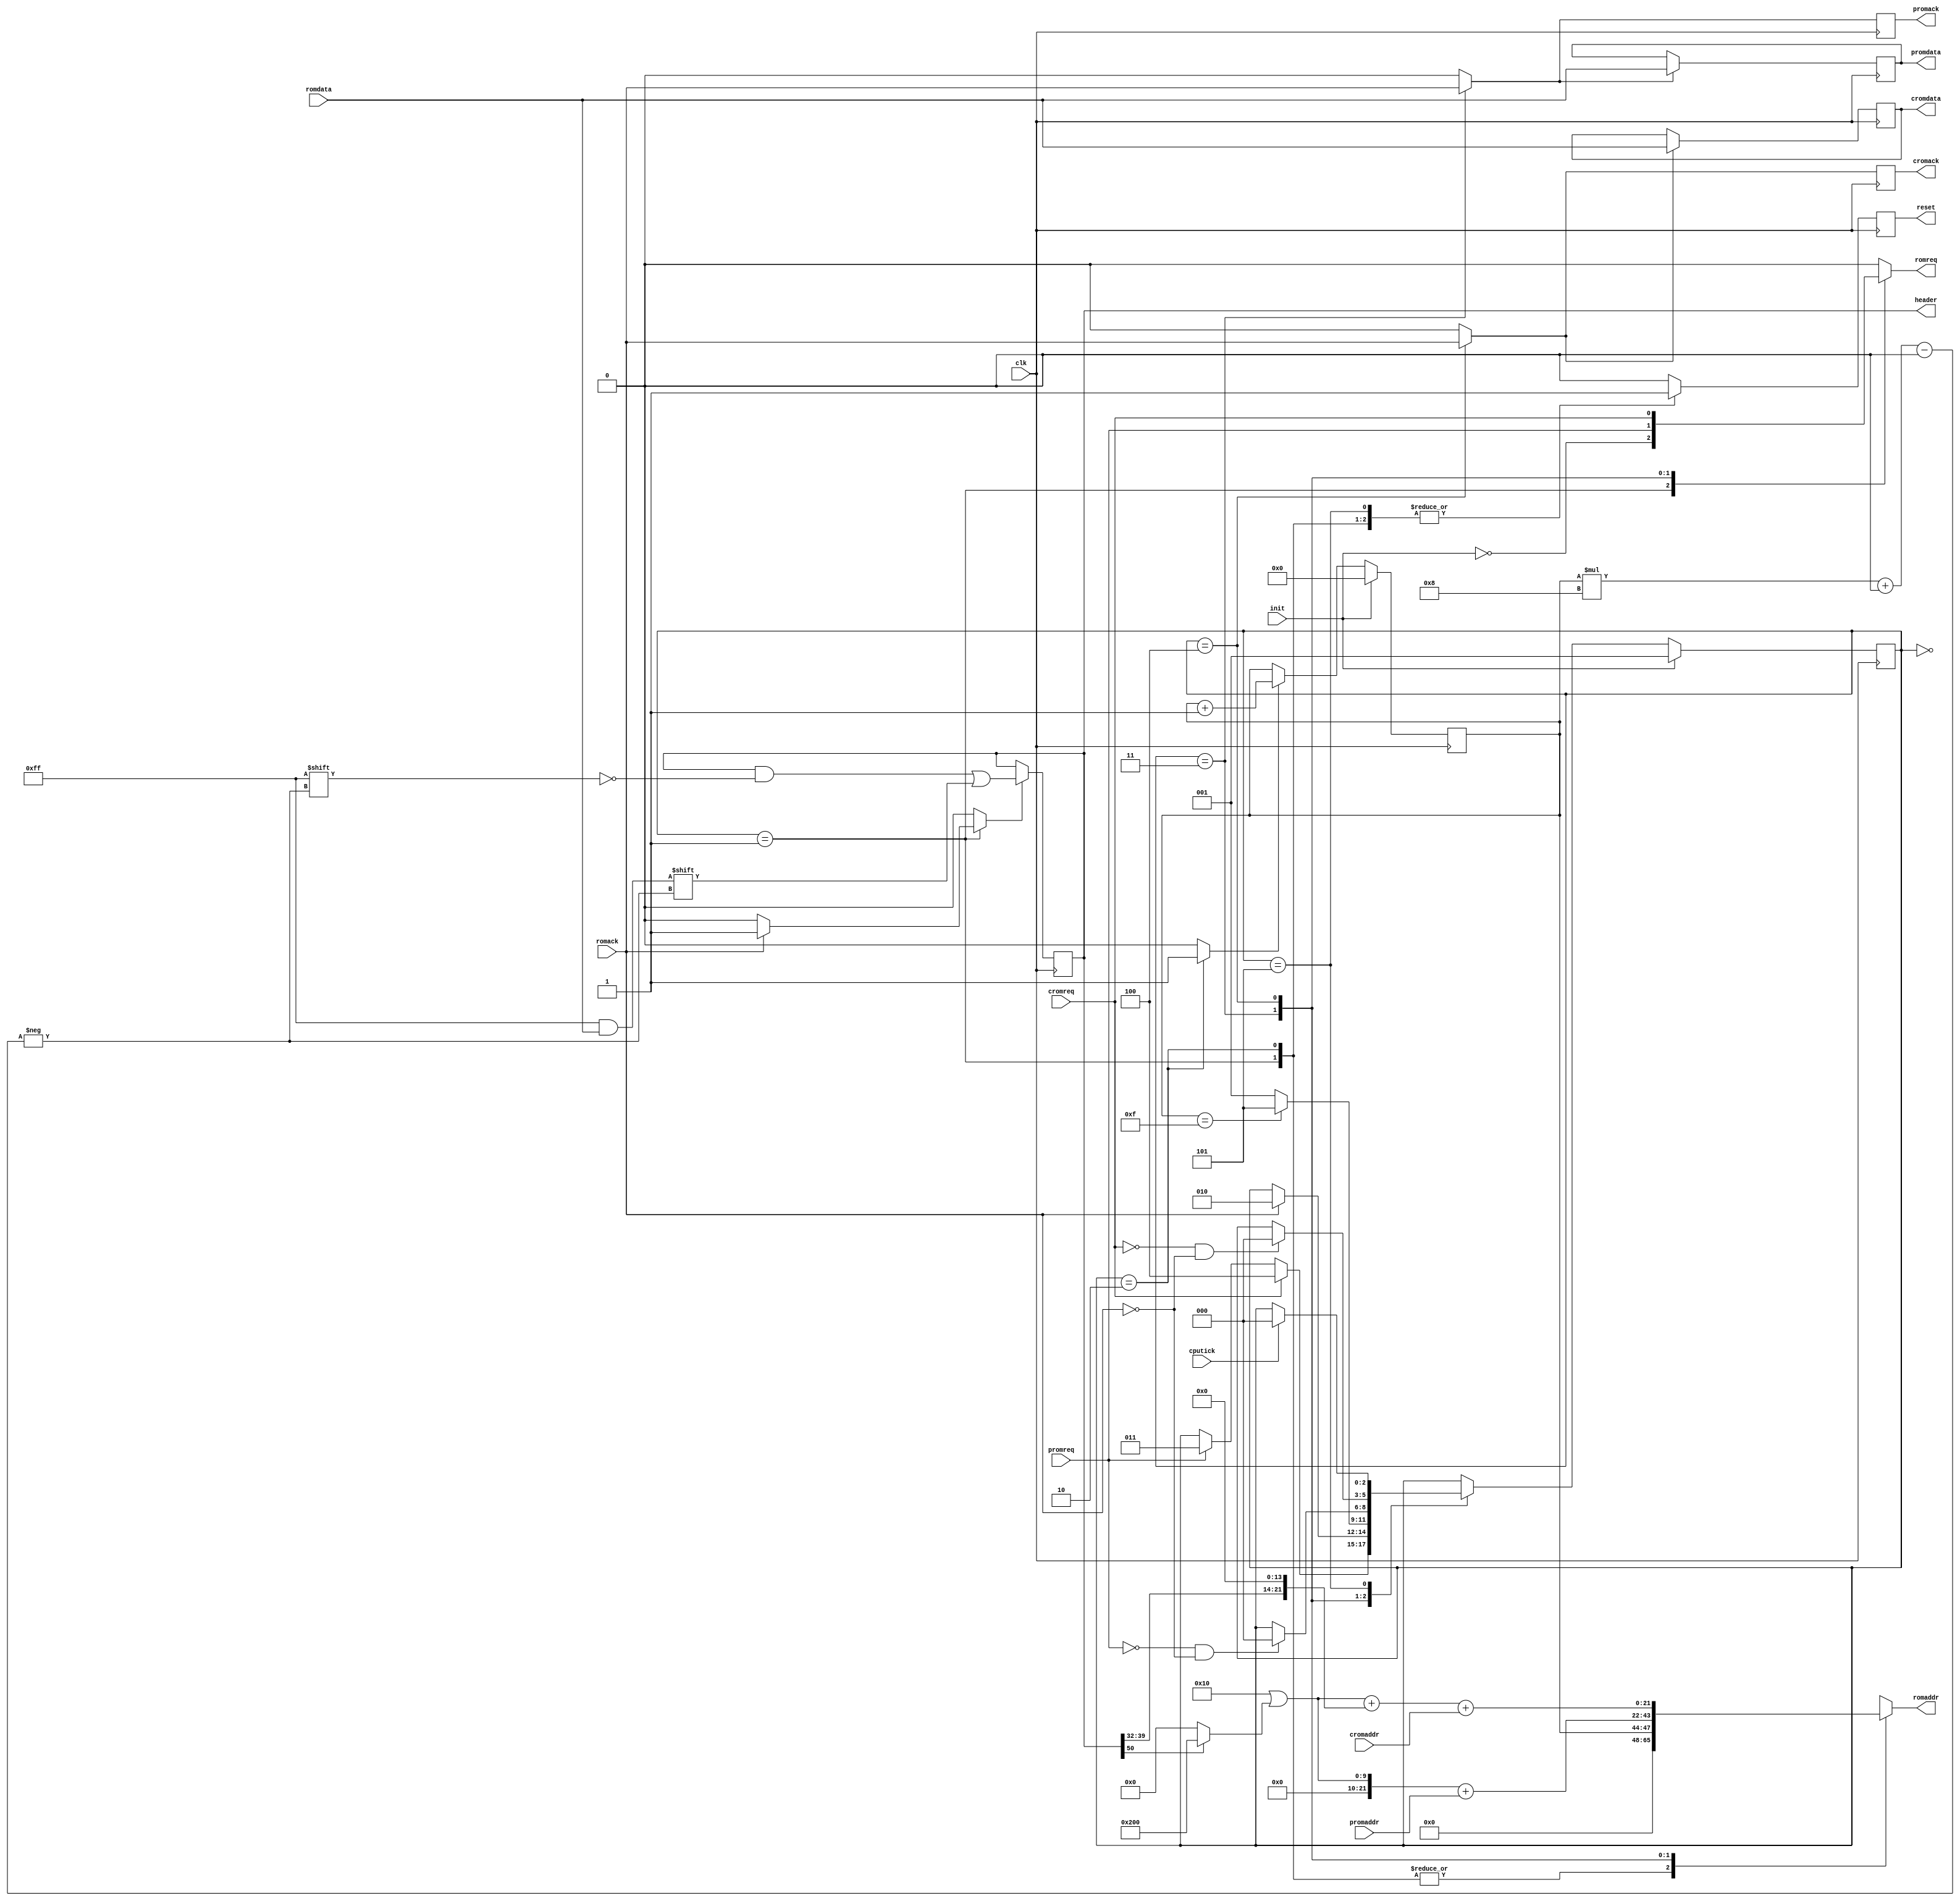
module romarb(
	input wire clk,
	input wire init,
	output reg reset,
	input wire cputick,
	
	input wire [20:0] promaddr,
	output reg [7:0] promdata,
	input wire promreq,
	output reg promack,
	
	input wire [20:0] cromaddr,
	output reg [7:0] cromdata,
	input wire cromreq,
	output reg cromack,
	
	output reg [21:0] romaddr,
	input wire [7:0] romdata,
	output reg romreq,
	input wire romack,
	
	output reg [127:0] header
);

	reg incheadn, setheader, reset_;
	reg [3:0] headn;
	reg [2:0] state, state_;
	reg [21:0] prgsize, chrsize, prgoff, chroff;
	reg promack_, cromack_;
	localparam IDLE = 0;
	localparam INIT = 1;
	localparam INITACK = 2;
	localparam PROM = 3;;
	localparam CROM = 4;
	localparam WAITTICK = 5;
	
	always @(posedge clk) begin
		state <= !init ? state_ : INIT;
		if(setheader)
			header[headn * 8 +: 8] <= romdata;
		if(incheadn)
			headn <= headn + 1;
		if(init)
			headn <= 0;
		promack <= promack_;
		cromack <= cromack_;
		if(promack_)
			promdata <= romdata;
		if(cromack_)
			cromdata <= romdata;
		reset <= reset_;
	end
	
	always @(*) begin
		state_ = state;
		reset_ = 0;
		promack_ = 0;
		cromack_ = 0;
		romreq = 0;
		incheadn = 0;
		romaddr = 22'hxxxx;
		setheader = 0;
		case(state)
		IDLE: begin
			if(promreq)
				state_ = PROM;
			if(cromreq)
				state_ = CROM;
		end
		INIT: begin
			reset_ = 1;
			romaddr = {18'd0, headn};
			romreq = !init;
			if(romack) begin
				state_ = INITACK;
				setheader = 1;
			end
		end
		INITACK: begin
			reset_ = 1;
			romaddr = {18'd0, headn};
			state_ = headn == 15 ? WAITTICK : INIT;
			incheadn = 1;
		end
		PROM: begin
			romaddr = prgoff + {1'b0, promaddr};
			romreq = promreq;
			promack_ = romack;
			if(!promreq && !romack)
				state_ = IDLE;
		end
		CROM: begin
			romaddr = chroff + {1'b0, cromaddr};
			romreq = cromreq;
			cromack_ = romack;
			if(!cromreq && !romack)
				state_ = IDLE;
		end
		WAITTICK: begin
			reset_ = 1;
			if(cputick)
				state_ = IDLE;
		end
		endcase
	end
	
	always @(*) begin
		prgoff = 16 | (header[50] ? 512 : 0);
		prgsize = {header[39:32], 14'd0};
		chroff = prgoff + prgsize;
		chrsize = {1'd0, header[47:40], 13'd0};
	end
endmodule